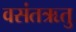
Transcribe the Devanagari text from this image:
वसंतऋतु